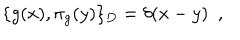
LaTeX: \{ g ( x ) , \pi _ { g } ( y ) \} _ { D } = \delta ( x - y ) \, \, \, ,